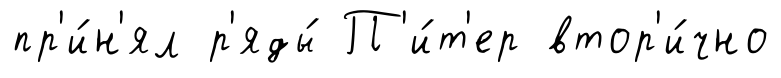
пр'и́н'ял р'яды́ П'и́т'ер втор'и́чно